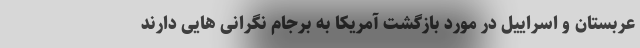
عربستان و اسراییل در مورد بازگشت آمریکا به برجام نگرانی هایی دارند